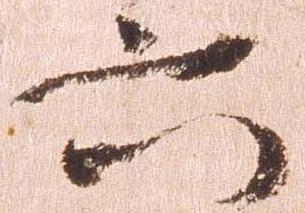
六